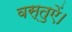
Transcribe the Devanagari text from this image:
वस्तुऐं।